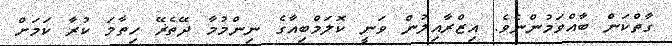
ގާތްކަން ބާއްވަމުންނެވެ. އިޒްރާއިލުން ވަނީ ކޮލަމްބިއާގެ ނިންމުމާ ދޭތެޜޭ ހިތާމަ ކުރާ ކަމަށް